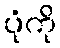
ပုံကို